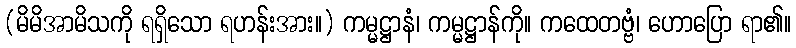
(မိမိအာမိသကို ရရှိသော ရဟန်းအား။) ကမ္မဋ္ဌာနံ၊ ကမ္မဋ္ဌာန်ကို။ ကထေတဗ္ဗံ၊ ဟောပြော ရာ၏။